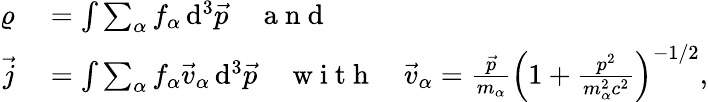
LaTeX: \begin{array}{rl}{\varrho}&{{}=\int\sum_{\alpha}f_{\alpha}\operatorname{d}^{3}\! \vec{p}\quad\mathrm{~a~n~d~}}\\ {\vec{j}}&{{}=\int\sum_{\alpha}f_{\alpha}\vec{v}_{\alpha}\operatorname{d}^{3}\! \vec{p}\quad\mathrm{~w~i~t~h~}\quad\vec{v}_{\alpha}=\frac{\vec{p}}{m_{\alpha}}\left(1+\frac{p^{2}}{m_{\alpha}^{2}c^{2}}\right)^{-1/2},}\end{array}